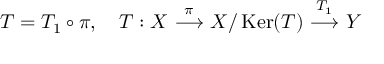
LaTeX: T = T _ { 1 } \circ \pi , \ \ \ T : X \ { \overset { \pi } { \longrightarrow } } \ X / \operatorname { K e r } ( T ) \ { \overset { T _ { 1 } } { \longrightarrow } } \ Y